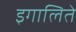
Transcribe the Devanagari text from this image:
इगालिते